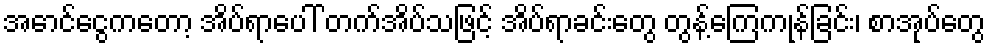
အောင်ငွေကတော့ အိပ်ရာပေါ် တက်အိပ်သဖြင့် အိပ်ရာခင်းတွေ တွန့်ကြေကုန်ခြင်း၊ စာအုပ်တွေ